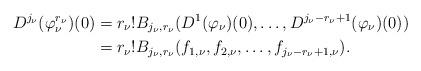
LaTeX: \begin{align*}D^{j_{\nu}}(\varphi_{\nu}^{r_{\nu}})(0)&=r_{\nu}!B_{j_\nu,r_\nu}(D^1(\varphi_{\nu})(0),\ldots,D^{j_\nu-r_\nu+1}(\varphi_{\nu})(0))\\&=r_{\nu}!B_{j_\nu,r_\nu}(f_{1,\nu},f_{2,\nu},\ldots,f_{j_\nu-r_\nu+1,\nu}).\end{align*}